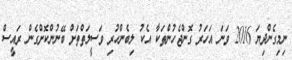
ނިމިގެންދިޔަ 2016 ވަނަ އަހަރު ގޮންޖެހުންތަކާ އެކު ލިބެންހުރި ވަސީލަތްތަށް ބޭނުންކޮށްގެން ރައީސް